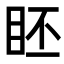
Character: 𥅊